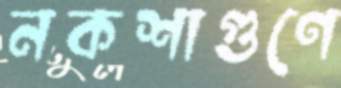
নকশাগুণে